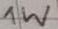
Text: 1W